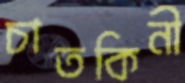
চাতকিনী